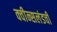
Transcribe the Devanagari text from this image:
क्वीन्सलंडची